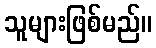
သူများဖြစ်မည်။